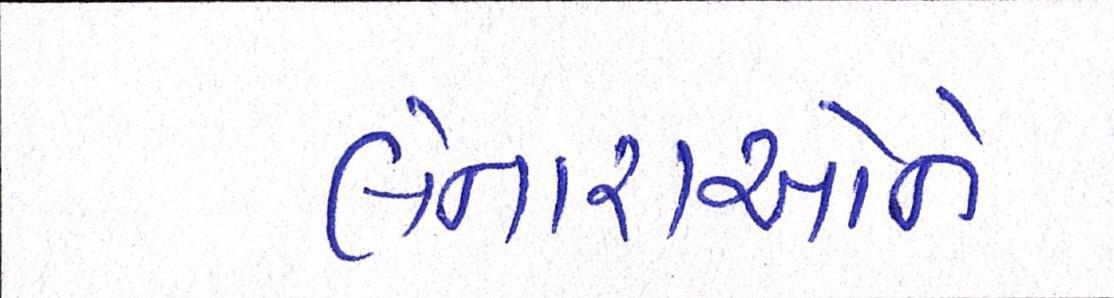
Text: લેનારાઓને